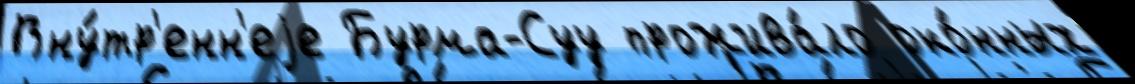
Вну́тр'енн'еjе Бурма-Суу прожива́ло око́нных